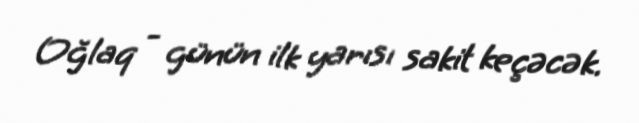
Oğlaq - günün ilk yarısı sakit keçəcək.